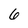
Character: 6